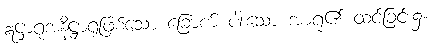
ဣဋ္ဌာရုံအနိဋ္ဌာရုံဖြစ်သော ခြောက် ပါးသော အာရုံ၏ ထင်ခြင်း၌။